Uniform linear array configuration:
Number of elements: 64
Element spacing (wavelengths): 1
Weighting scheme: blackman
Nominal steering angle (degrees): -45
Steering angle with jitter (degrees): -46.768
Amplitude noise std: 0.05
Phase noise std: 0.05

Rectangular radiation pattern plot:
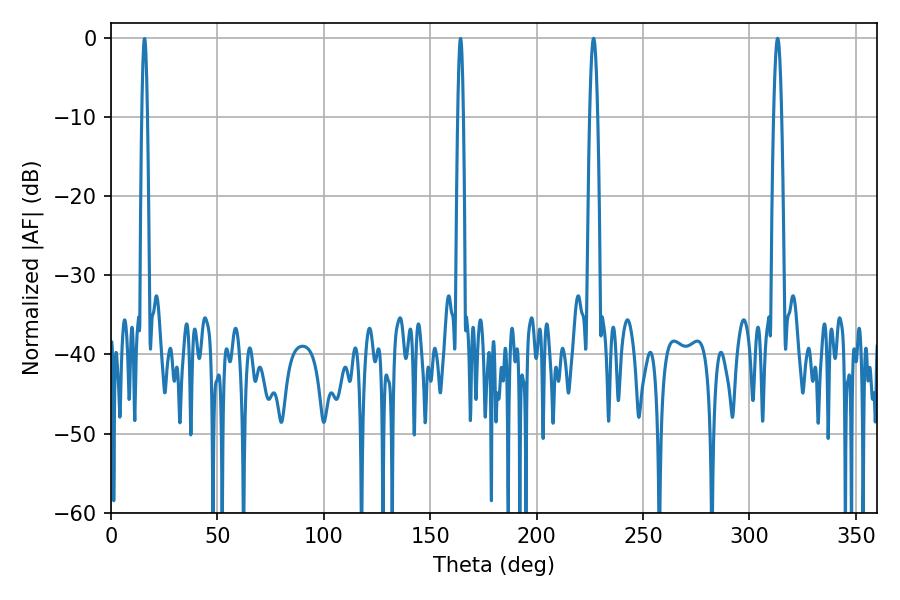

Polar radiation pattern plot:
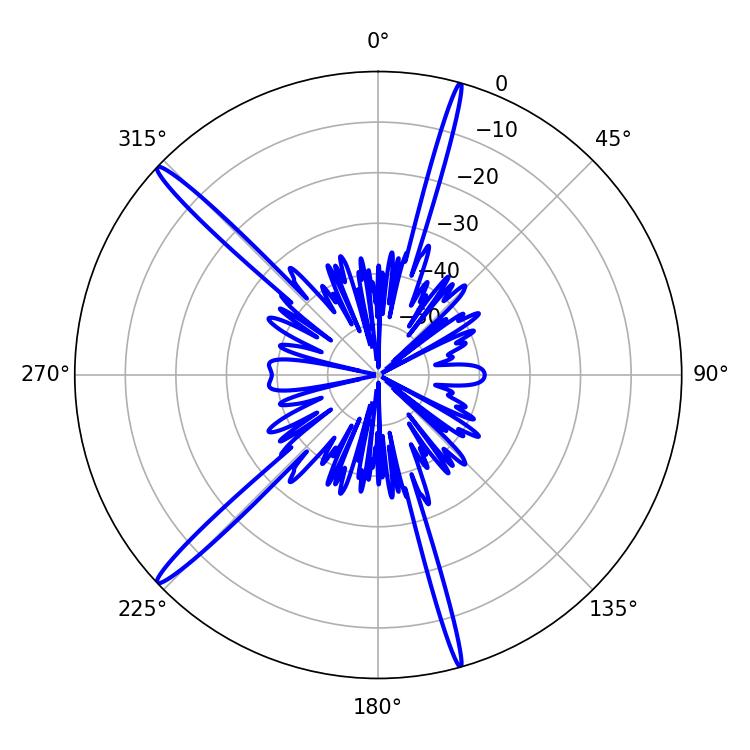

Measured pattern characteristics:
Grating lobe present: TRUE
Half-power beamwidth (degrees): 1.98
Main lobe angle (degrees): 226.8